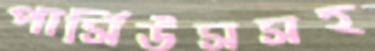
পার্সিউসসহ